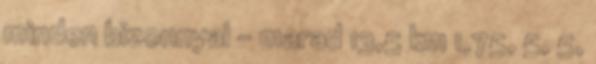
minden bizonnyal – marad 13,5 km 1,75, 5, 5,